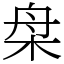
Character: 㭧